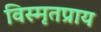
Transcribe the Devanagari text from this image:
विस्मृतप्राय